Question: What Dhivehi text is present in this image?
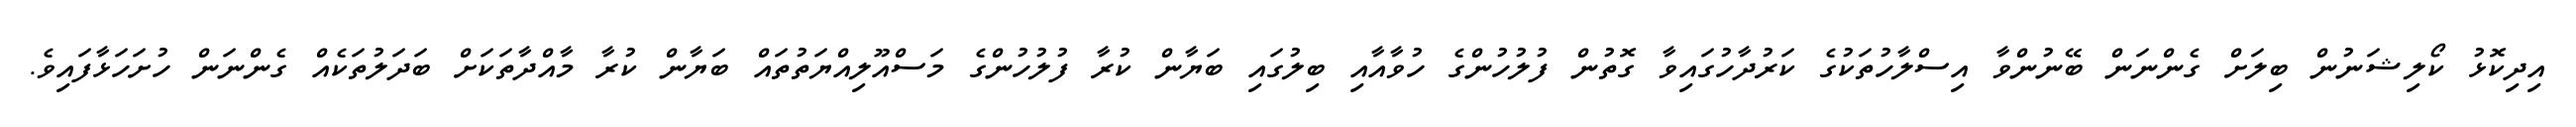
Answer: އިދިކޮޅު ކޯލިޝަނުން ބިލަށް ގެންނަން ބޭނުންވާ އިސްލާހުތަކުގެ ކަރުދާހުގައިވާ ގޮތުން ފުލުހުންގެ ހުވާއާއި ބިލުގައި ބަޔާން ކުރާ ފުލުހުންގެ މަސްއޫލިއްޔަތުތައް ބަޔާން ކުރާ މާއްދާތަކަށް ބަދަލުތަކެއް ގެންނަން ހުށަހަޅާފައިވެ.